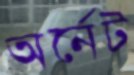
অর্নেট